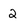
Character: 2